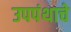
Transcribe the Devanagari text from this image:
उपपंथाचे